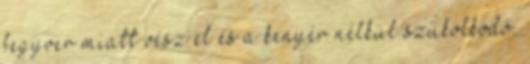
fegyver miatt vész el és a kenyér nélkül szűkölködő.